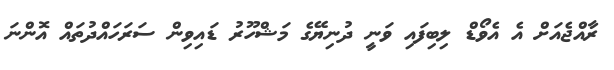
ރާއްޖެއަށް އެ އެވޯޑް ލިބިފައި ވަނީ ދުނިޔޭގެ މަޝްހޫރު ޑައިވިން ސަރަހައްދުތައް އޮންނަ